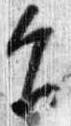
旨